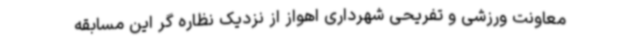
معاونت ورزشی و تفریحی شهرداری اهواز از نزدیک نظاره گر این مسابقه